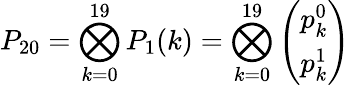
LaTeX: P_{20}=\bigotimes_{k=0}^{19}P_{1}(k)=\bigotimes_{k=0}^{19}\left(\begin{array}{l}{p_{k}^{0}}\\ {p_{k}^{1}}\end{array}\right)